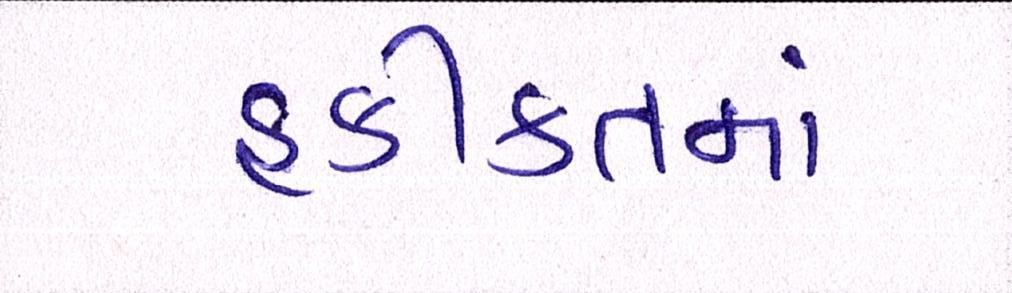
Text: હકીકતમાં